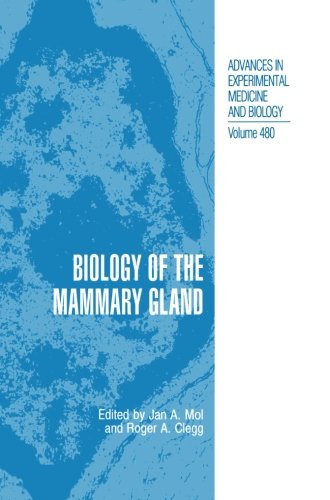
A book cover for Biology of the Mammary Gland (Advances in Experimental Medicine and Biology); Medical Books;